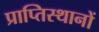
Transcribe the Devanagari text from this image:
प्राप्तिस्थानों